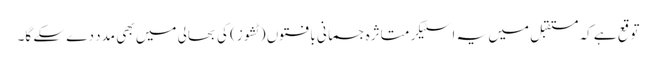
توقع ہے کہ مستقبل میں یہ اسٹیکر متاثرہ جسمانی بافتوں (ٹشوز) کی بحالی میں بھی مدد دے سکے گا۔